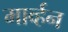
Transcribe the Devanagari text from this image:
मार्व्हन